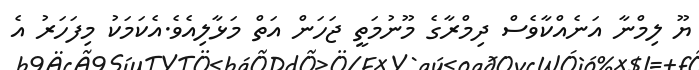
ޔޫ ލިމްނާ އަނެއްކާވެސް ދިމްރާގެ މޫނުމަތީ ޖަހަން އަތް މަޅާލިއެވެ.އެކަމަކު މިފަހަރު އެ